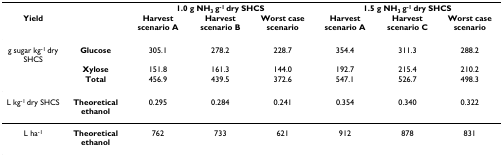
<table><thead><tr><td></td><td></td><td colspan="3"><b>1.0 g NH<sub>3 </sub>g<sup>-1 </sup>dry SHCS</b></td><td colspan="3"><b>1.5 g NH<sub>3 </sub>g<sup>-1 </sup>dry SHCS</b></td></tr><tr><td><b>Yield</b></td><td></td><td><b>Harvest scenario A</b></td><td><b>Harvest scenario B</b></td><td><b>Worst case scenario</b></td><td><b>Harvest scenario A</b></td><td><b>Harvest scenario C</b></td><td><b>Worst case scenario</b></td></tr></thead><tbody><tr><td>g sugar kg<sup>-1 </sup>dry SHCS</td><td><b>Glucose</b></td><td>305.1</td><td>278.2</td><td>228.7</td><td>354.4</td><td>311.3</td><td>288.2</td></tr><tr><td></td><td><b>Xylose</b></td><td>151.8</td><td>161.3</td><td>144.0</td><td>192.7</td><td>215.4</td><td>210.2</td></tr><tr><td></td><td><b>Total</b></td><td>456.9</td><td>439.5</td><td>372.6</td><td>547.1</td><td>526.7</td><td>498.3</td></tr><tr><td>L kg<sup>-1 </sup>dry SHCS</td><td><b>Theoretical ethanol</b></td><td>0.295</td><td>0.284</td><td>0.241</td><td>0.354</td><td>0.340</td><td>0.322</td></tr><tr><td>L ha<sup>-1</sup></td><td><b>Theoretical ethanol</b></td><td>762</td><td>733</td><td>621</td><td>912</td><td>878</td><td>831</td></tr></tbody></table>